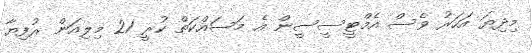
މިދިޔަ އަހަރު ވެސް އެމްޓީސީސީން އެ މަސައްކަތް ކުރީ 21 މިލިއަން ރުފިޔާ